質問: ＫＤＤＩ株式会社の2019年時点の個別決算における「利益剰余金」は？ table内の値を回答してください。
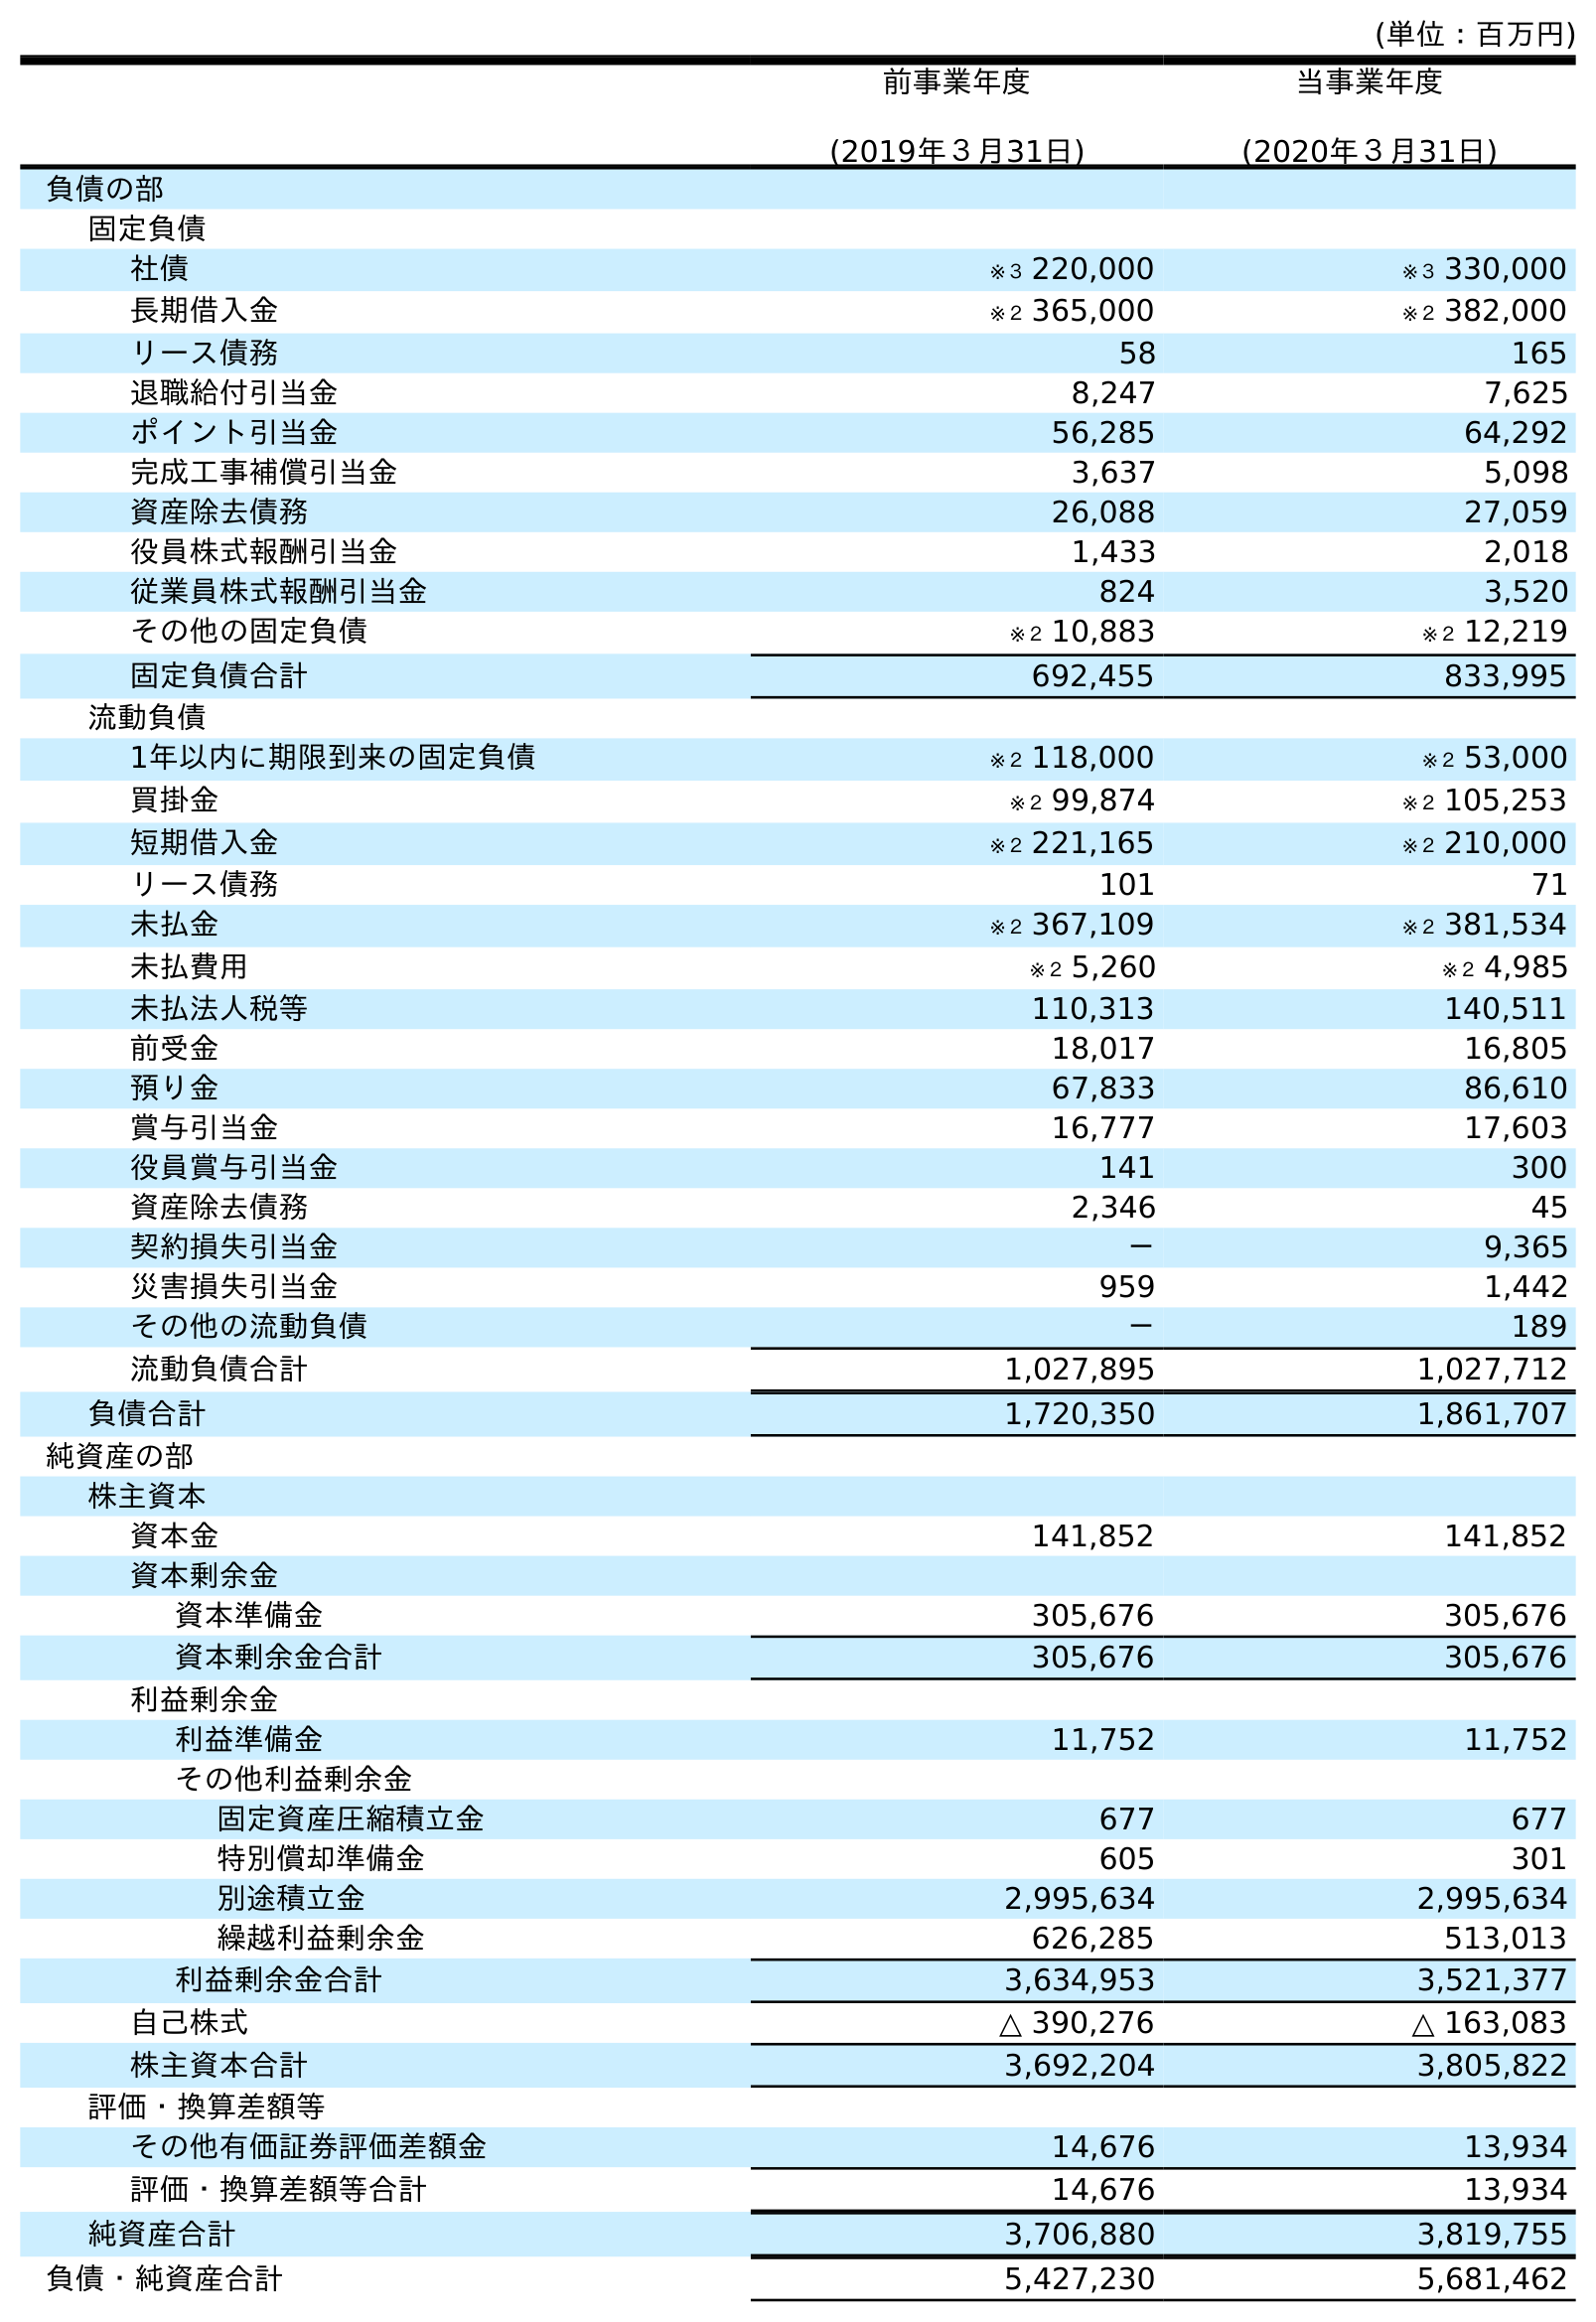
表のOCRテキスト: (単位：百万円) 前事業年度 (2019年３月31日) 当事業年度 (2020年３月31日) 負債の部 固定負債 社債 ※３ 220,000 ※３ 330,000 長期借入金 ※２ 365,000 ※２ 382,000 リース債務 58 165 退職給付引当金 8,247 7,625 ポイント引当金 56,285 64,292 完成工事補償引当金 3,637 5,098 資産除去債務 26,088 27,059 役員株式報酬引当金 1,433 2,018 従業員株式報酬引当金 824 3,520 その他の固定負債 ※２ 10,883 ※２ 12,219 固定負債合計 692,455 833,995 流動負債 1年以内に期限到来の固定負債 ※２ 118,000 ※２ 53,000 買掛金 ※２ 99,874 ※２ 105,253 短期借入金 ※２ 221,165 ※２ 210,000 リース債務 101 71 未払金 ※２ 367,109 ※２ 381,534 未払費用 ※２ 5,260 ※２ 4,985 未払法人税等 110,313 140,511 前受金 18,017 16,805 預り金 67,833 86,610 賞与引当金 16,777 17,603 役員賞与引当金 141 300 資産除去債務 2,346 45 契約損失引当金 － 9,365 災害損失引当金 959 1,442 その他の流動負債 － 189 流動負債合計 1,027,895 1,027,712 負債合計 1,720,350 1,861,707 純資産の部 株主資本 資本金 141,852 141,852 資本剰余金 資本準備金 305,676 305,676 資本剰余金合計 305,676 305,676 利益剰余金 利益準備金 11,752 11,752 その他利益剰余金 固定資産圧縮積立金 677 677 特別償却準備金 605 301 別途積立金 2,995,634 2,995,634 繰越利益剰余金 626,285 513,013 利益剰余金合計 3,634,953 3,521,377 自己株式 △ 390,276 △ 163,083 株主資本合計 3,692,204 3,805,822 評価・換算差額等 その他有価証券評価差額金 14,676 13,934 評価・換算差額等合計 14,676 13,934 純資産合計 3,706,880 3,819,755 負債・純資産合計 5,427,230 5,681,462
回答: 3,634,953